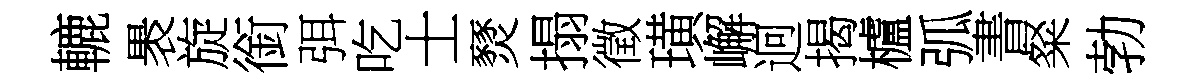
轆褁旋銜弭吃士燹搨徵璜嶰迥揭櫨弧書粲勃